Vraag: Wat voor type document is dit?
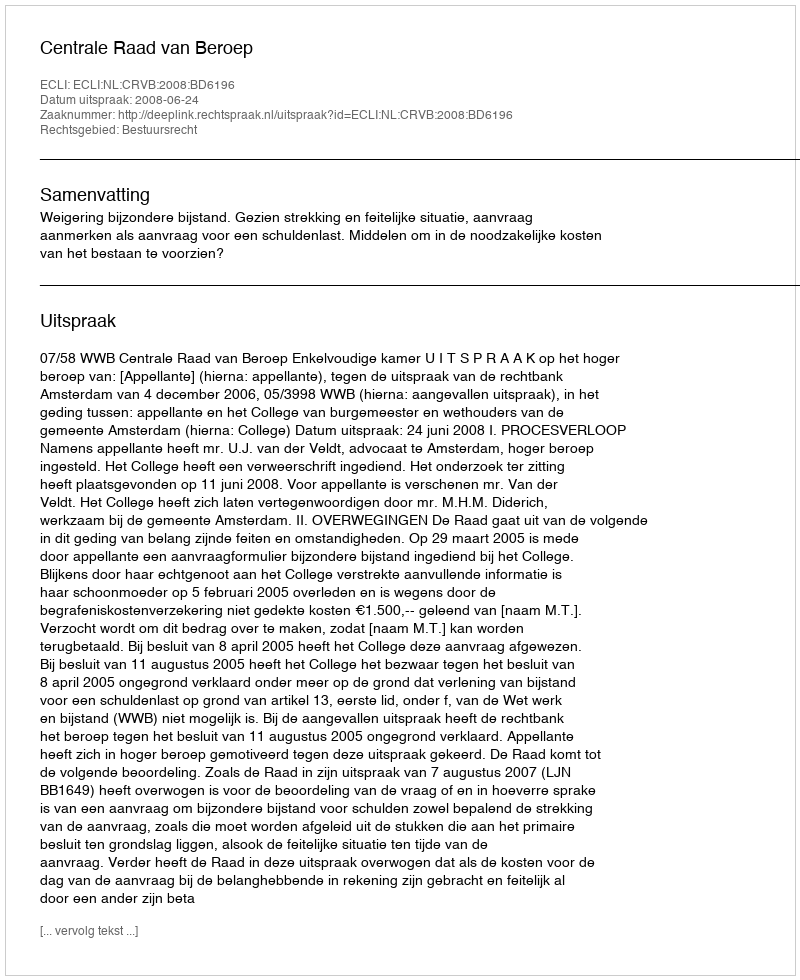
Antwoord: Uitspraak